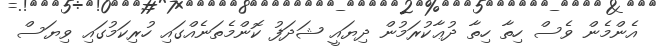
އެންމެން ވެސް ހިތާ ހިތާ ދުޢާކުރަމުން ދިޔައީ ޝަދަފު ކޮންމެތަނެއްގައި ހުރިކަމުގައި ވިޔަސް